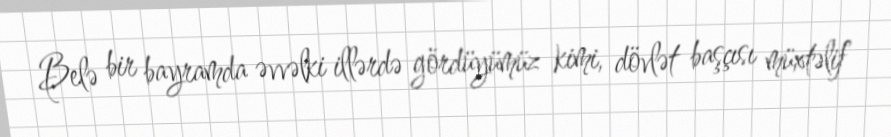
Belə bir bayramda əvvəlki illərdə gördüyümüz kimi, dövlət başçısı müxtəlif